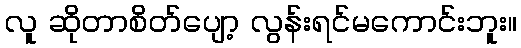
လူ ဆိုတာစိတ်ပျော့ လွန်းရင်မကောင်းဘူး။